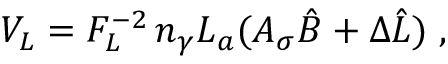
V _ { L } = F _ { L } ^ { - 2 } \, n _ { \gamma } L _ { a } ( A _ { \sigma } \hat { B } + \Delta \hat { L } ) \; ,